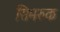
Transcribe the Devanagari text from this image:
सिमरुक